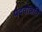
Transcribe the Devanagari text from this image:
पदवोन्नति